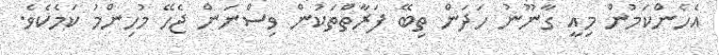
އެހެންކަމުން މިއީ ގާނޫނު ހަދަން ތިބޭ ފަރާތްތަކުން ވިސްނަން ޖެހޭ މުހިންމު ކަމެކެވެ.